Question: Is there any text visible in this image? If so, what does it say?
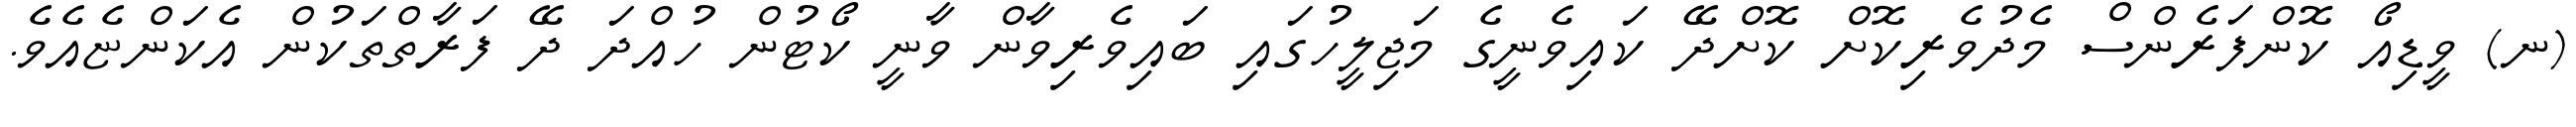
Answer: (ނ) ވީޑިއޯ ކޮންފަރެންސް މެދުވެރިކޮށް ކޮށްދޭ ކައިވެނީގެ މަޖިލީހުގައި ބައިވެރިވާން ވާނީ ކޯޓުން ހުއްދަ ދޭ ފަރާތްތަކުން އެކަންޏެއެވެ.